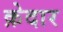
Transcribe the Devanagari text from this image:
क़ेदार